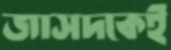
জাসদকেই